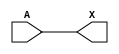
/*
 * Copyright 2020 The SkyWater PDK Authors
 *
 * Licensed under the Apache License, Version 2.0 (the "License");
 * you may not use this file except in compliance with the License.
 * You may obtain a copy of the License at
 *
 *     https://www.apache.org/licenses/LICENSE-2.0
 *
 * Unless required by applicable law or agreed to in writing, software
 * distributed under the License is distributed on an "AS IS" BASIS,
 * WITHOUT WARRANTIES OR CONDITIONS OF ANY KIND, either express or implied.
 * See the License for the specific language governing permissions and
 * limitations under the License.
 *
 * SPDX-License-Identifier: Apache-2.0
*/


`ifndef SKY130_FD_SC_HDLL__DLYGATE4SD3_FUNCTIONAL_V
`define SKY130_FD_SC_HDLL__DLYGATE4SD3_FUNCTIONAL_V

/**
 * dlygate4sd3: Delay Buffer 4-stage 0.50um length inner stage gates.
 *
 * Verilog simulation functional model.
 */

`timescale 1ns / 1ps
`default_nettype none

`celldefine
module sky130_fd_sc_hdll__dlygate4sd3 (
    X,
    A
);

    // Module ports
    output X;
    input  A;

    // Local signals
    wire buf0_out_X;

    //  Name  Output      Other arguments
    buf buf0 (buf0_out_X, A              );
    buf buf1 (X         , buf0_out_X     );

endmodule
`endcelldefine

`default_nettype wire
`endif  // SKY130_FD_SC_HDLL__DLYGATE4SD3_FUNCTIONAL_V